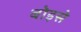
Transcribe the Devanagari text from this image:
बोइसे